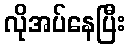
လိုအပ်နေပြီး